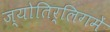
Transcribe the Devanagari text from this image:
ज्योतिर्लिगमें